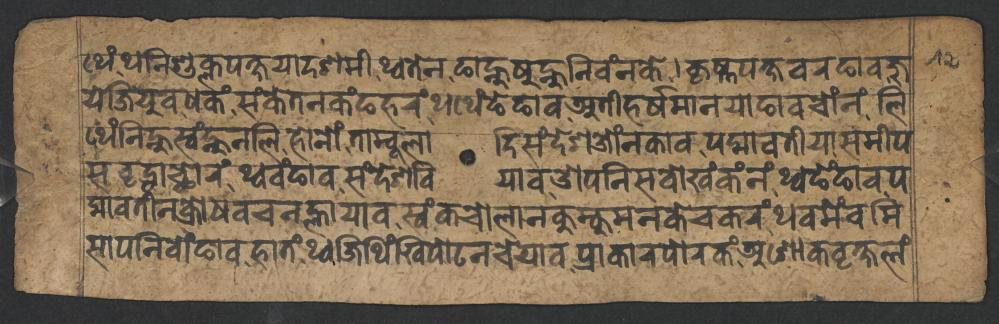
𑐠𑐾𑑄𑐠𑐣𑐶𑐱𑐸𑐎𑑂𑐮𑐥𑐎𑑂𑐲𑐫𑐵𑐡𑐱𑐩𑐷𑐠𑑂𑐰𑐟𑐾𑐣𑐒𑐵𑐣𑑂𑐴𑐸𑐲𑐸𑐣𑑂𑐴𑐸𑐣𑐶𑐰𑑄𑐣𑐎𑐾𑐎𑐺𑐲𑑂𑐞𑐥𑐎𑑂𑐲𑐰𑐬𑐒𑐵𑐰𑐖𑐸 𑐫𑐾𑐖𑐶𑐫𑐸𑐰𑐢𑐎𑑄𑐳𑑄𑐎𑐾𑐟𑐣𑐎𑑄𑐒𑐴𑐬𑑄𑐠𑐠𑐾𑑄𑐒𑐾𑐒𑐵𑐰𑐀𑐟𑐷𑐴𑐬𑑂𑐲𑐩𑐵𑐣𑐫𑐵𑐒𑐵𑐰𑐔𑑀𑑄𑐣𑑄𑐮𑐶 𑐠𑐾𑑄𑐣𑐶𑐣𑑂𑐴𑐸𑐳𑑂𑐰𑑄𑐣𑑂𑐴𑐸𑐣𑐮𑐶𑐴𑑀𑐣𑑀𑑄𑐟𑐵𑐩𑑂𑐧𑐸𑐮𑐵𑐡𑐶𑐳𑑄𑐡𑐾𑐱𑐌𑑄𑐣𑐎𑐵𑐰𑐥𑐡𑑂𑐩𑐵𑐰𑐟𑐷𑐫𑐵𑐳𑐩𑐷𑐥 𑐳𑐰𑐺𑐡𑑂𑐢𑐵𑐕𑑀𑐬𑑄𑐠𑑂𑐰𑐰𑑄𑐒𑐵𑐰𑐳𑑄𑐡𑐾𑐱𑐧𑐶𑐫𑐵𑐰𑐌𑐥𑐣𑐶𑐳𑐰𑑀𑐏𑑄𑐎𑑄𑐣𑑄𑐠𑑂𑐰𑐒𑐾𑑄𑐒𑐵𑐰𑐥 𑐡𑑂𑐩𑐵𑐰𑐟𑐷𑐣𑐎𑑂𑐬𑑀𑐢𑐰𑐔𑐣𑐮𑑂𑐴𑐵𑐫𑐵𑐰𑐳𑑂𑐰𑑄𑐎𑐔𑑀𑐮𑐵𑐣𑐎𑐸𑐩𑑂𑐎𑐸𑐩𑐣𑐎𑐾𑐔𑐎𑐬𑑄𑐠𑐰𑐩𑐾𑑄𑐰𑐩𑐶 𑐳𑐵𑐥𑐣𑐶𑐧𑑀𑑄𑐒𑐵𑐰𑐴𑐵𑐟𑑄𑐠𑑂𑐰𑐖𑐶𑐠𑐶𑑄𑐏𑐶𑐥𑑀𑐚𑐣𑐔𑐾𑐫𑐵𑐰𑐥𑑂𑐬𑐵𑐎𑐵𑐬𑐥𑑀𑐬𑐎𑑄𑐀𑐱𑑀𑐎𑐰𑐺𑐎𑑂𑐲𑐮𑑄